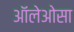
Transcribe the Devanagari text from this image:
ऑलेओसा